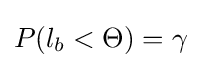
P(l_{b}<\Theta )=\gamma